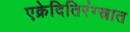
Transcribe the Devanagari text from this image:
एक्रेदितिरंग्स्रात